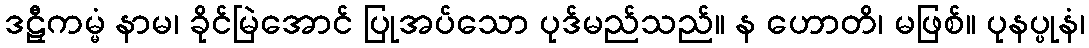
ဒဠှီကမ္မံ နာမ၊ ခိုင်မြဲအောင် ပြုအပ်သော ပုဒ်မည်သည်။ န ဟောတိ၊ မဖြစ်။ ပုနပ္ပုနံ၊